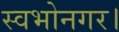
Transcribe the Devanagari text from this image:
स्वभोनगर।